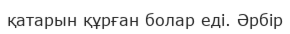
қатарын құрған болар еді. Әрбір